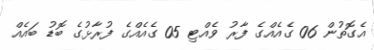
އެގޮތުން 06 ގެއެއްގެ ފާރު ވެއްޓި 05 ގެއެއްގެ ފުރާޅުގެ ބޮޑު ބައެއް